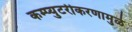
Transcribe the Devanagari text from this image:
कम्प्युटरीकरणामुळे